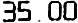
35.00